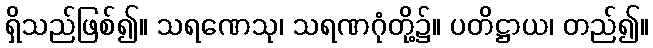
ရှိသည်ဖြစ်၍။ သရဏေသု၊ သရဏဂုံတို့၌။ ပတိဋ္ဌာယ၊ တည်၍။